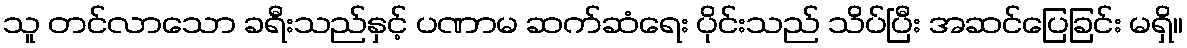
သူ တင်လာသော ခရီးသည်နှင့် ပဏာမ ဆက်ဆံရေး ပိုင်းသည် သိပ်ပြီး အဆင်ပြေခြင်း မရှိ။